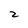
Character: 2